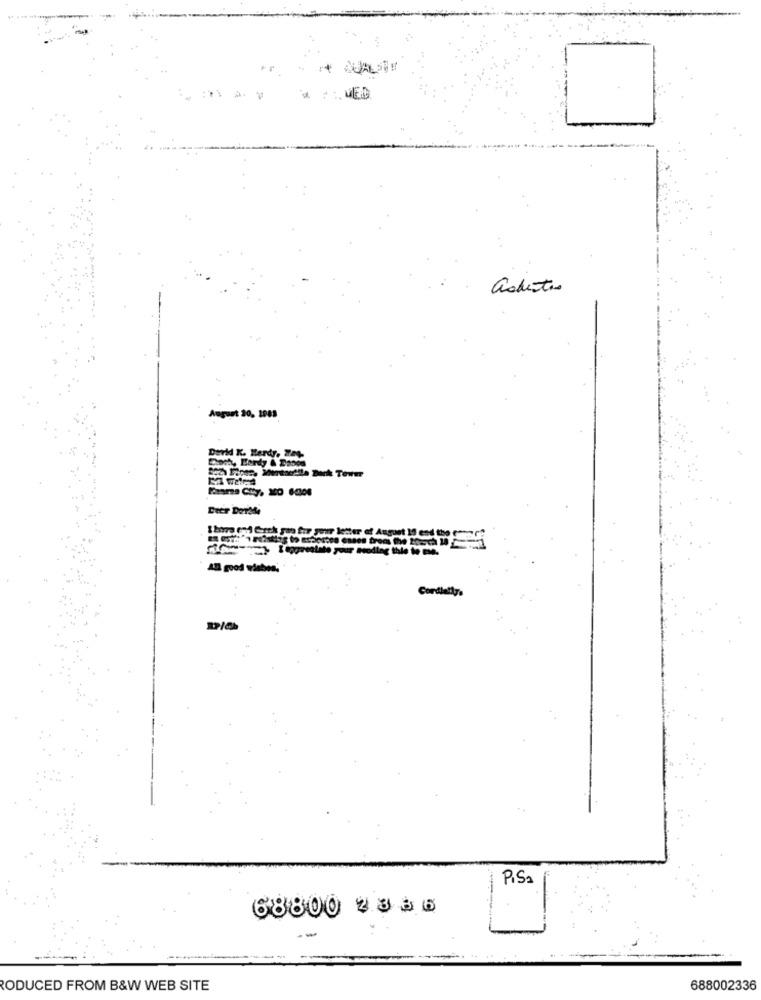
asbestos
August 20, 1983
Derld K. Hardy. 844-
1 hora end Grtk gan for your letter of August 10 end the
rifam-amicoprestato your wedding tile to me.
All good vibes.
Cordialiy.
Pisa
68800 2.3 56
--
RODUCED FROM B&W WEB SITE
688002336